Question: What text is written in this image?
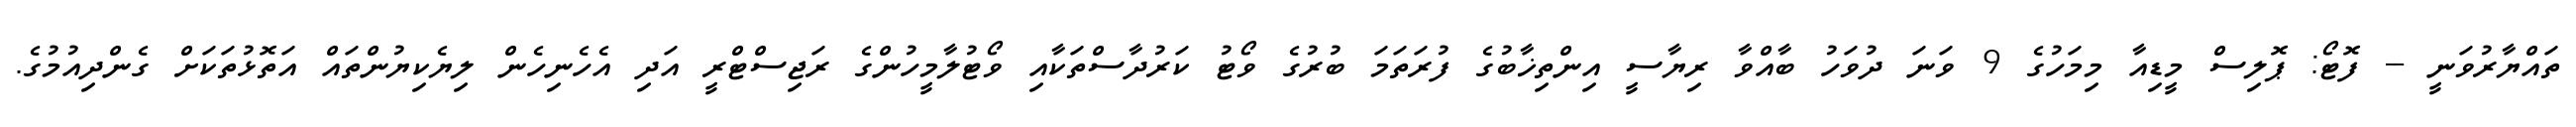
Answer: ތައްޔާރުވަނީ -- ފޮޓޯ: ޕޮލިސް މީޑިއާ މިމަހުގެ 9 ވަނަ ދުވަހު ބާއްވާ ރިޔާސީ އިންތިޚާބުގެ ފުރަތަމަ ބުރުގެ ވޯޓު ކަރުދާސްތަކާއި ވޯޓުލާމީހުންގެ ރަޖިސްޓްރީ އަދި އެހެނިހެން ލިޔެކިޔުންތައް އަތޮޅުތަކަށް ގެންދިއުމުގެ.